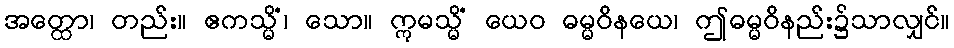
အတ္ထော၊ တည်း။ ဧကသ္မိံ၊ သော။ ဣမသ္မိံ ယေဝ ဓမ္မဝိနယေ၊ ဤဓမ္မဝိနည်း၌သာလျှင်။